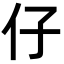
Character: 仔